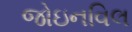
જોઇનવિલ